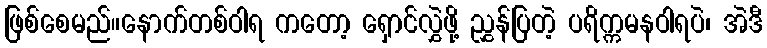
ဖြစ်စေမည်။နောက်တစ်ဝါရ ကတော့ ရှောင်လွှဲဖို့ ညွှန်ပြတဲ့ ပရိက္ကမနဝါရပဲ၊ အဲဒီ